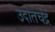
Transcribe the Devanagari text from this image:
उदोतचंद्र